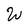
Character: W